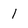
Character: l